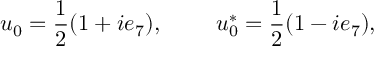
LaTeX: u _ { 0 } = \frac { 1 } { 2 } ( 1 + i e _ { 7 } ) , ~ ~ ~ ~ ~ ~ ~ u _ { 0 } ^ { * } = \frac { 1 } { 2 } ( 1 - i e _ { 7 } ) ,